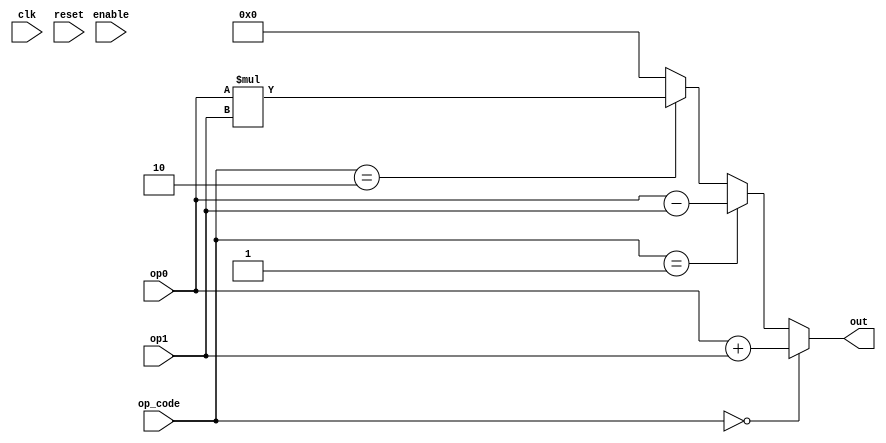
`timescale 1ns/1ps
module alu
#(  // Parameters
    parameter   DATA_WIDTH          = 4,                  // Width of data
    parameter   OPCODE_WIDTH        = 2                   // Width of op code
)(  // Ports
    input  wire                           clk,
    input  wire                           reset,
    input  wire                           enable,

    input  wire [ OPCODE_WIDTH  -1 : 0 ]  op_code,
    input  wire [ DATA_WIDTH    -1 : 0 ]  op0,
    input  wire [ DATA_WIDTH    -1 : 0 ]  op1,
    output wire [ DATA_WIDTH    -1 : 0 ]  out
);

// ******************************************************************
// Your logic here ->
// ******************************************************************
assign out = op_code == 0 ? op0 + op1 :
             op_code == 1 ? op0 - op1 :
             op_code == 2 ? op0 * op1 :
             0;
// ******************************************************************


endmodule